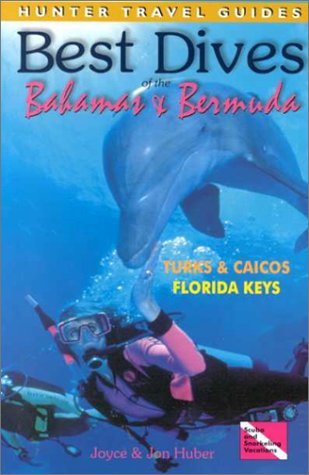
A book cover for Best Dives of the Bahamas and Bermuda Turks and Caicos Florida Keys; Joyce Huber; Travel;